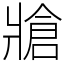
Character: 牄